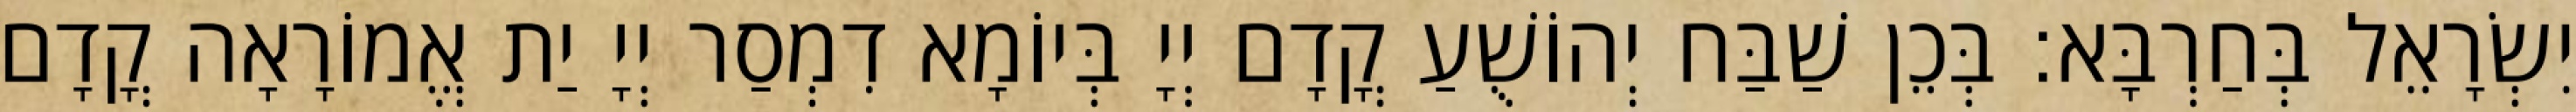
יִשְׂרָאֵל בְּחַרְבָּא׃ בְּכֵן שַׁבַּח יְהוֹשֻׁעַ קֳדָם יְיָ בְּיוֹמָא דִמְסַר יְיָ יַת אֱמוֹרָאָה קֳדָם